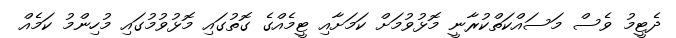
ދެޓީމު ވެސް މަސައްކަތްކުރާނީ މޮޅުވުމަށް ކަމަށާއި ޓީމެއްގެ ގޮތުގައި މޮޅުވުމުގައި މުހިންމު ކަމެއް